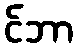
င်ဘာ